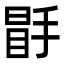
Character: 𭡣